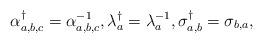
LaTeX: \begin{align*} \alpha_{a,b,c}^\dagger=\alpha^{-1}_{a,b,c},\lambda_a^\dagger=\lambda^{-1}_a,\sigma_{a,b}^\dagger=\sigma_{b,a},\end{align*}